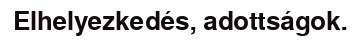
Elhelyezkedés, adottságok.